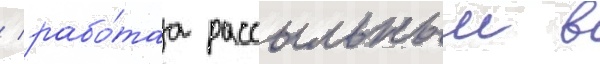
/ рабо́таа рассыльным в